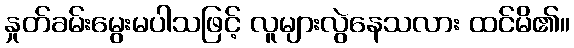
နှုတ်ခမ်းမွေးမပါသဖြင့် လူများလွဲနေသလား ထင်မိ၏။